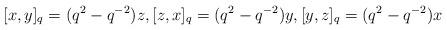
LaTeX: \begin{align*} [x,y]_q = (q^2-q^{-2})z,[z,x]_q = (q^2-q^{-2})y,[y,z]_q = (q^2-q^{-2})x \end{align*}